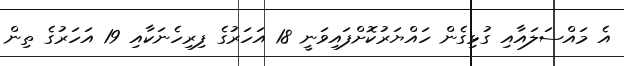
އެ މައްސަލައާއި ގުޅިގެން ހައްޔަރުކޮށްފައިވަނީ 18 އަހަރުގެ ފިރިހެނަކާއި 19 އަހަރުގެ ތިން